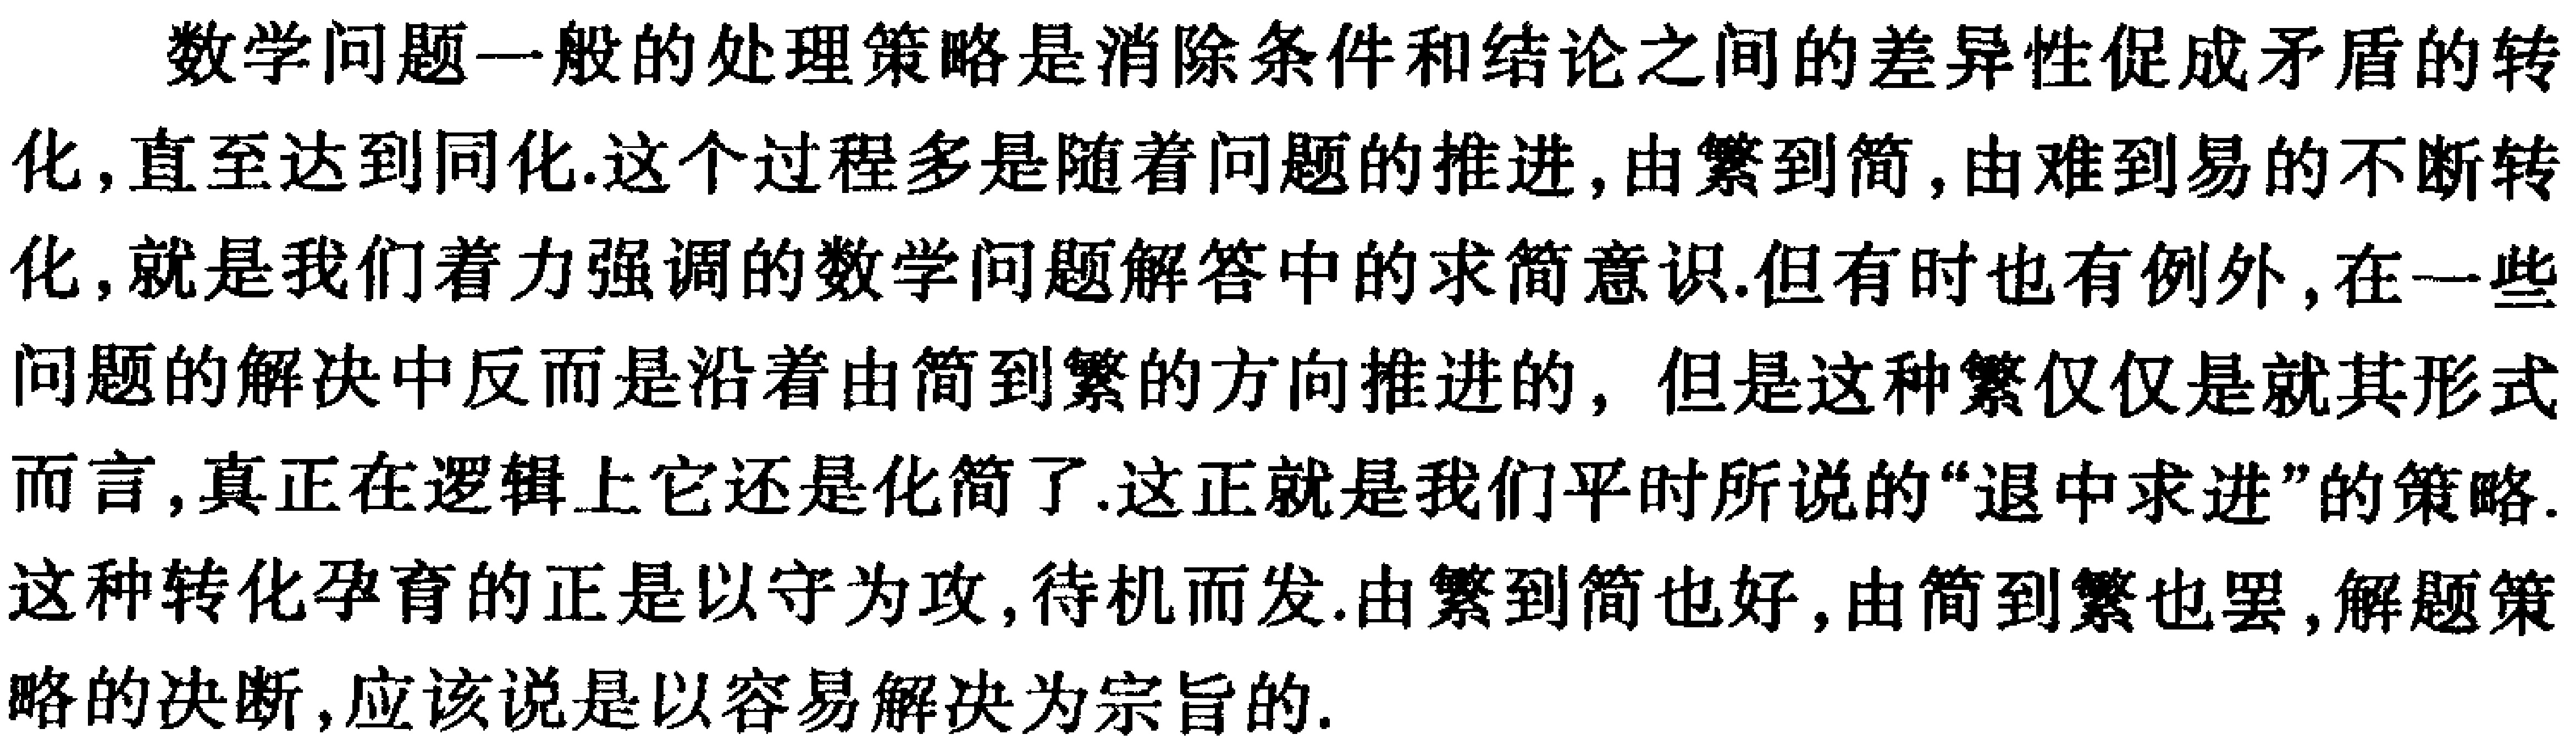
数学问题一般的处理策略是消除条件和结论之间的差异性促成矛盾的转
化,直至达到同化.这个过程多是随着问题的推进,由繁到简,由难到易的不断转
化,就是我们着力强调的数学问题解答中的求简意识.但有时也有例外,在一些
问题的解决中反而是沿着由简到繁的方向推进的, 但是这种繁仅仅是就其形式
而言,真正在逻辑上它还是化简了.这正就是我们平时所说的“退中求进”的策略.
这种转化孕育的正是以守为攻,待机而发.由繁到简也好,由简到繁也罢,解题策
略的决断,应该说是以容易解决为宗旨的.